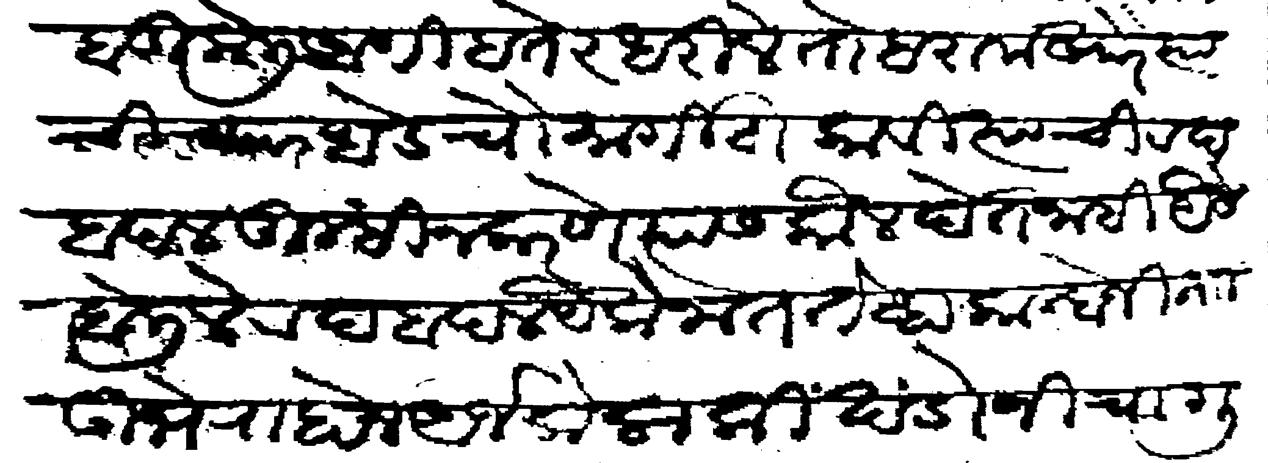
Transliteration (Devanagari): लबाडी केली आणि हतेर धरिले तो हरामखोर त्याची च्यार धडे चौमार्गी टाकावी त्याची रदबदल तुम्ही न करणे त्यास कौल देत नाही यैसे बोलिले रदबदल यैकेनात तेव्हा कान्होजी नाा उभे राहो अर्ज केला की खंडोजीचा गुन्हा